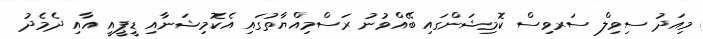
މިއަދު ސިވިލް ސަރވިސް ކޮމިޝަންގައި ބޭއްވުނު ރަސްމިއްޔާތުގައި އެކޮމިޝަނާއި ޑީޕީއީ އާއި ދެމެދު